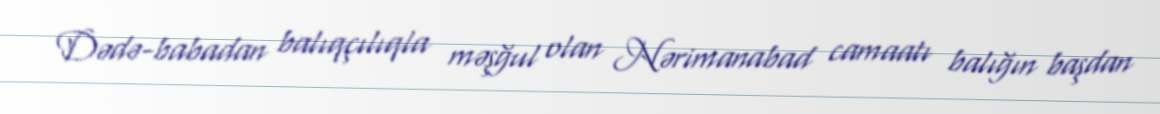
Dədə-babadan balıqçılıqla məşğul olan Nərimanabad camaatı balığın başdan